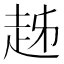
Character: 趀